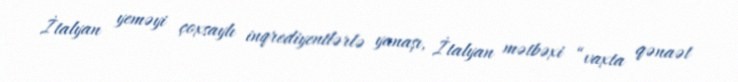
İtalyan yeməyi çoxsaylı inqrediyentlərlə yanaşı, İtalyan mətbəxi “vaxta qənaət